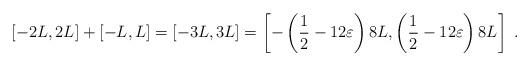
LaTeX: \begin{align*} \left[ - 2L, 2L \right] + \left[ - L, L \right] = \left[ - 3L, 3L \right] = \left[ - \left( \frac{1}{2} - 12\varepsilon \right) 8L , \left( \frac{1}{2} - 12\varepsilon \right) 8L \right] \; . \end{align*}